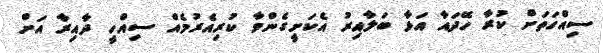
ސިއްހަތަށް ކުރާ ހޭދައާ އަޅާ ބަލާއިރު އެކަށީގެންވާ ކުރިއެރުމެއް ސިއްހީ ދާއިރާ އަށް